Report on sanitation, dispensaries, and jails in Rajputana for 1921, and on vaccination for the year 1921-1922 - 1921-1922
Year: 1921
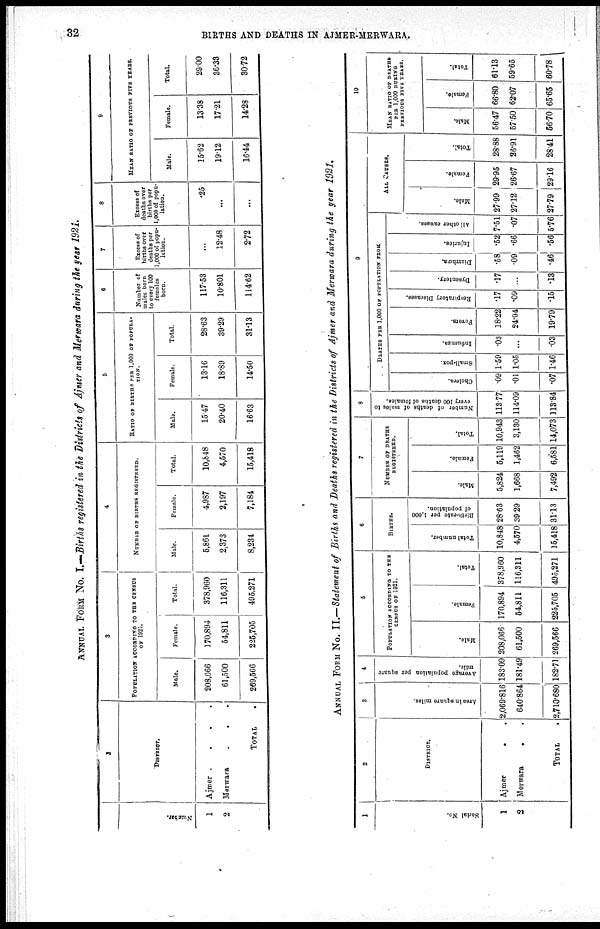
32
BIRTHS AND DEATHS IN AJMER-MERWARA.
ANNUAL FORM No. I.—Births registered in the Districts of Aimer and Merwara during the year 1921.
Number.
1
2
2
DISTRICT.
Ajmer
.
.
.
.
M e r w a r a . . .
TOTAL.
3
POPULATION ACCORDING TO THE CENSUS
OF 1921.
Male.
208,066
61,500
269,566
Female.
170,894
54,811
225,705
Total.
378,960
116,311
495,271
4
NUMBER OF BIRTHS REGISTERED.
Male.
5,861
2,373
8,234
Female.
4,987
2,197
7,184
Total.
10,848
4,570
15,418
5
RATIO OF BIRTHS PER 1,000 OF POPULA¬
-----
Male.
15.47
20.40
16.63
Female.
13.16
18.89
14.50
Total.
28.63
39.29
31.13
6
Number of
males born
to every 100
females
born.
117.53
10.801
114.62
7
Excess of
births over
deaths per
1,000 of popu-
lation.
...
12.48
2.72
8
Excess of
deaths over
births per
1,000 of popu-
lation.
.25
...
...
9
MEAN RATIO OF PREVIOUS FIVE YEARS.
Male.
15.62
19.12
16.44
Female.
13.38
17.21
14.28
Total.
29.00
36.33
30.72
ANNUAL FORM No. II.— Statement of Births and Deaths registered in the Districts of Ajmer and Merwara during the year 1921.
1
Serial No.
1
2
2
DISTRICT.
Ajmer..
Merwara..
TOTAL.
3
Area in square miles.
2,069.816
640.864
2,710.680
4
Average population per square
mile.
183.09
181.49
182.71
5
POPULATION ACCORDING TO THE
CENSUS OF 1921.
Male.
208,066
61,500
269,566
Female.
170,894
54,811
225,705
Total.
378,960
116,311
495,271
6
BIRTHS.
Total number.
10,848
4,570
15,418
Birth-rate per 1,000
of population.
28.63
39.29
31.13
7
NUMBER OF DEATHS
REGISTERED.
Male.
5,824
1,668
7,492
Female.
5,119
1,462
6,581
Total.
10,943
3,130
14,073
8
Number of deaths of males to
every 100 deaths of females.
113.77
114.09
113.84
9
DEATHS PER 1,000 OF POPULATION FROM
Cholera.
.09
.01
.07
Small-pox.
1.59
1.05
1.46
Influenza.
.03
...
.03
Fevers.
18.22
24.94
19.79
Respiratory Diseases.
.17
.09
.15
Dysentery.
.17
...
.13
Diarrhœa.
.58
.09
.46
Injuries.
.52
.66
.56
All other causes.
7.51
.07
5.76
ALL CAUSES.
Male.
27.99
27.12
27.79
Female.
29.95
26.67
29.16
Total.
28.88
26.91
28.41
10
MEAN RATIO OF DEATHS
PER 1,000 DURING
PREVIOUS FIVE YEARS.
Male.
56.47
57.50
66.70
Female.
66.80
62.07
65.65
Total.
61.13
59.65
60.78